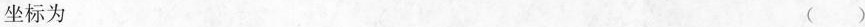
坐标为 （）